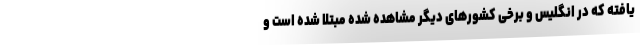
یافته که در انگلیس و برخی کشورهای دیگر مشاهده شده مبتلا شده است و